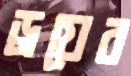
ড্রয়ের